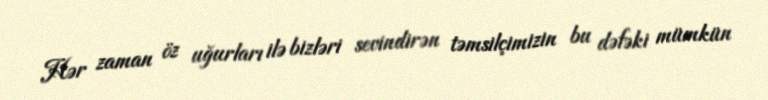
Hər zaman öz uğurları ilə bizləri sevindirən təmsilçimizin bu dəfəki mümkün